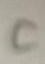
Text: C